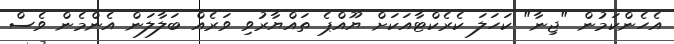
އެހެންކަމުން "ޖިނާ" ކަހަލަ ކެރެކްޓާއަކަށް ޔޫއްޕެ ތައްޔާރުވި ވަރެއް ބަލާލަން އެންމެން ވެސް